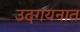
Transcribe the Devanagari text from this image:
उदगयनात